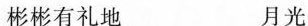
彬彬有礼地 月光